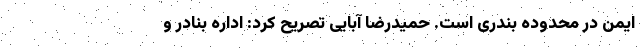
ایمن در محدوده بندری است. حمیدرضا آبایی تصریح کرد: اداره بنادر و